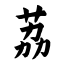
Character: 荔